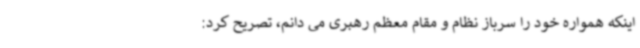
اینکه همواره خود را سرباز نظام و مقام معظم رهبری می دانم، تصریح کرد: